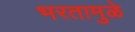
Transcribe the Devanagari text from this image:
भरतामुळे